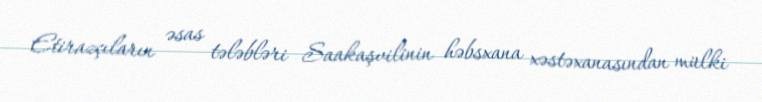
Etirazçıların əsas tələbləri Saakaşvilinin həbsxana xəstəxanasından mülki